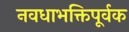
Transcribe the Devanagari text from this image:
नवधाभक्तिपूर्वक